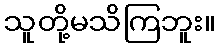
သူတို့မသိကြဘူး။